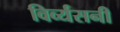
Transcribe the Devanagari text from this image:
विर्व्यसनी